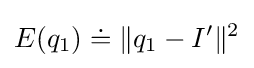
E(q_{1})\doteq \|q_{1}-I^{\prime }\|^{2}